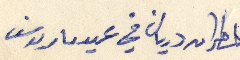
المطران دريان في عيد مار يوسف